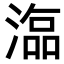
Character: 𣻙